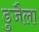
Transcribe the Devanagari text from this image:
डुजैला